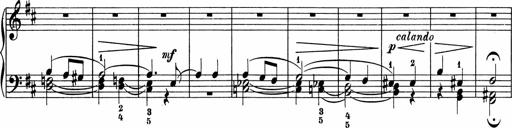
Title: 5 Sonatinen fÃ¼r die Jugend
Composer: Carl Reinecke